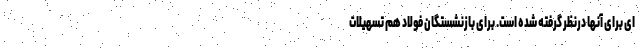
ای برای آنها درنظر گرفته شده است. برای بازنشستگان فولاد هم تسهیلات